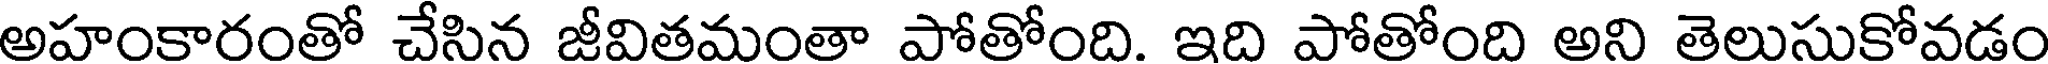
అహంకారంతో చేసిన జీవితమంతా పోతోంది. ఇది పోతోంది అని తెలుసుకోవడం